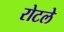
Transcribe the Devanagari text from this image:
रोटले